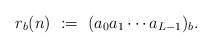
LaTeX: \begin{align*} r_b(n) \ :=\ (a_0a_1\cdots a_{L-1})_b.\end{align*}